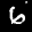
Label: 6